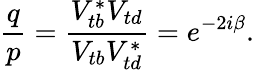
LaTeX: \frac{q}{p}=\frac{V_{tb}^{*}V_{td}}{V_{tb}V_{td}^{*}}=e^{-2i\beta}.